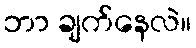
ဘာ ချက်နေလဲ။